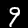
Label: 9